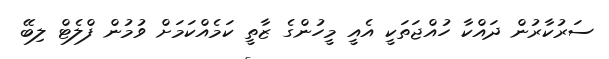
ސަރުކާރުން ދައްކާ ހުއްޖަތަކީ އެއީ މީހުންގެ ޒާތީ ކަމެއްކަމަށް ވުމުން ފްލެޓް ލިބޭ